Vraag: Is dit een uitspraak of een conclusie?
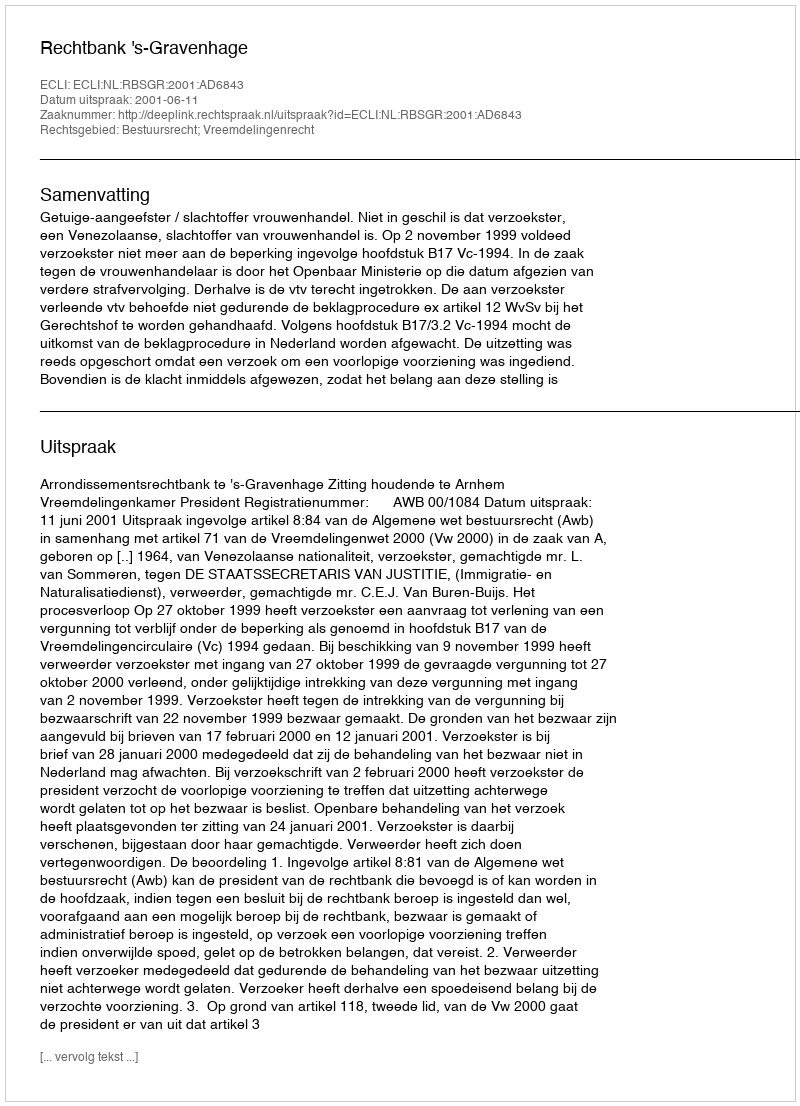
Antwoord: Uitspraak